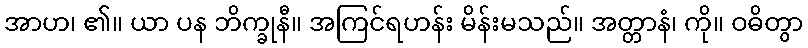
အာဟ၊ ၏။ ယာ ပန ဘိက္ခုနီ။ အကြင်ရဟန်း မိန်းမသည်။ အတ္တာနံ၊ ကို။ ဝဓိတွာ